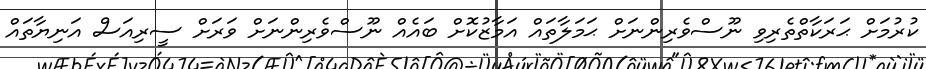
ކުރުމަށް ޙަރަކާތްތެރިވި ނޫސްވެރިންނަށް ޙަމަލާތައް އަމާޒުކޮށް ބައެއް ނޫސްވެރިންނަށް ވަރަށް ސީރިއަސް އަނިޔާތައް